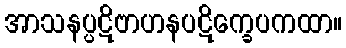
အာသနပ္ပဋိဗာဟနပဋိက္ခေပကထာ။